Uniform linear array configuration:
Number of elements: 48
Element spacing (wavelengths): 0.25
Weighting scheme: hamming
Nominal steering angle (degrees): -60
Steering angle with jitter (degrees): -58.22
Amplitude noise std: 0.05
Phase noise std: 0.05

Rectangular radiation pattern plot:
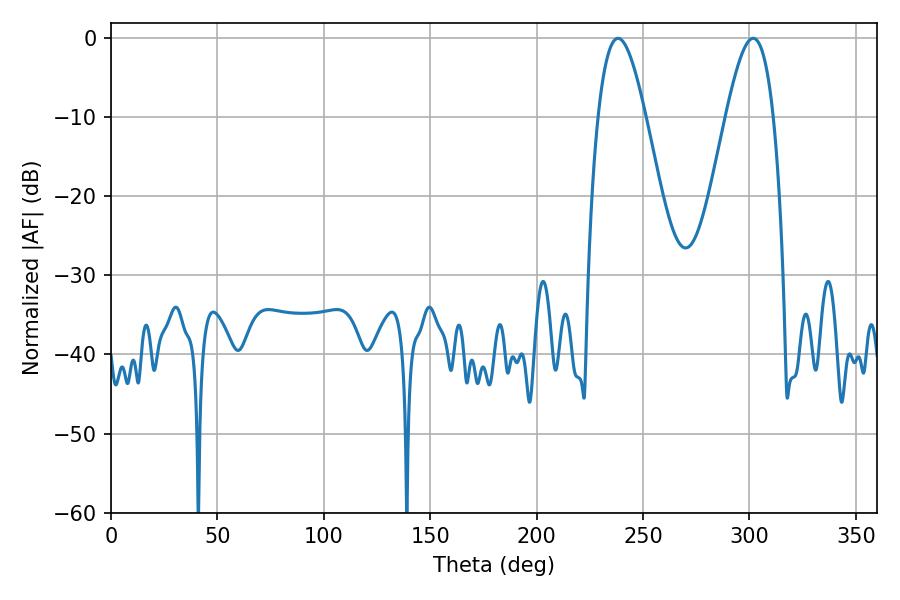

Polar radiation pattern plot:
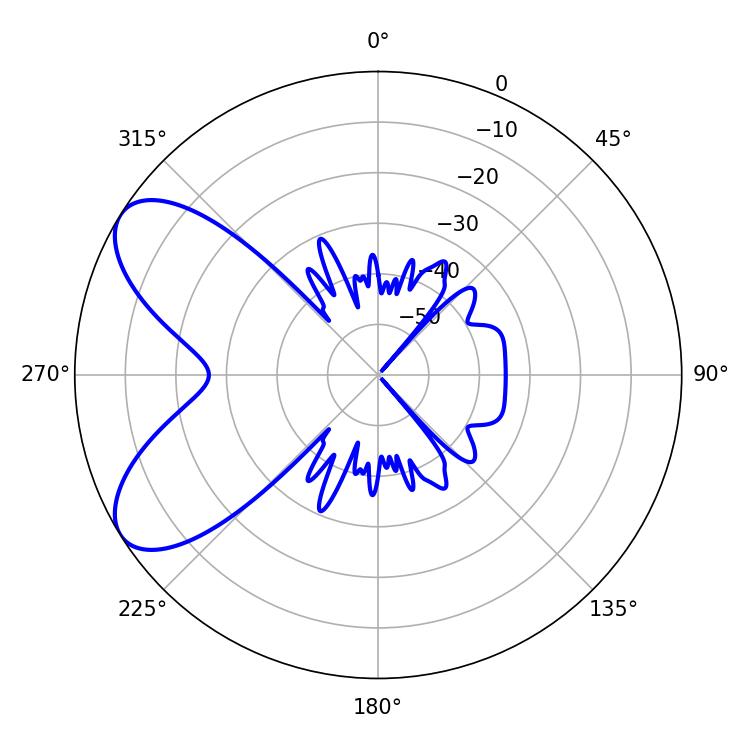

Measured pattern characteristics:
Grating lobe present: FALSE
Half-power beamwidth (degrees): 12.06
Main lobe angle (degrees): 238.32